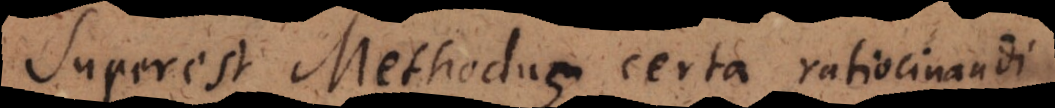
Superest Methodus certa ratiocinandi